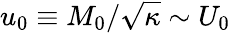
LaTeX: u_{0}\equiv M_{0}/\sqrt{\kappa}\sim U_{0}